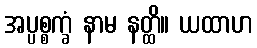
အပ္ပစ္စက္ခံ နာမ နတ္ထိ။ ယထာဟ